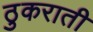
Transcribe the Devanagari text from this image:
ठुकराती